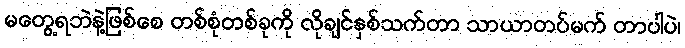
မတွေ့ရဘဲနဲ့ဖြစ်စေ တစ်စုံတစ်ခုကို လိုချင်နှစ်သက်တာ သာယာတပ်မက် တာပါပဲ၊